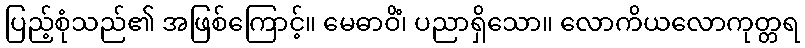
ပြည့်စုံသည်၏ အဖြစ်ကြောင့်။ မေဓာဝိံ၊ ပညာရှိသော။ လောကိယလောကုတ္တရ